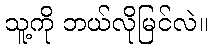
သူ့ကို ဘယ်လိုမြင်လဲ။